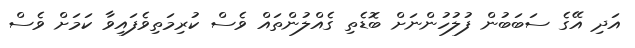
އަދި އޭގެ ސަބަބުން ފުލުހުންނަށް ބޮޑެތި ގެއްލުންތައް ވެސް ކުރިމަތިވެފައިވާ ކަމަށް ވެސް